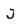
Character: J